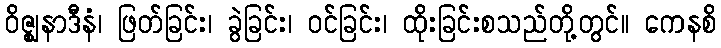
ဝိဇ္ဈနာဒီနံ၊ ဖြတ်ခြင်း၊ ခွဲခြင်း၊ ဝင်ခြင်း၊ ထိုးခြင်းစသည်တို့တွင်။ ကေနစိ